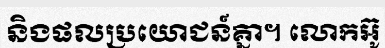
និងផលប្រយោជន៍គ្នា។ លោកអ៊ូ